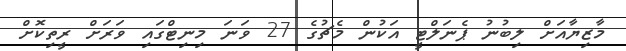
މާޒިޔާއަށް ލިބުނު ޕެނަލްޓީ އަކުން މެޗުގެ 27 ވަނަ މިނިޓްގައި ވަރަށް ރީތިކޮށް